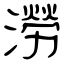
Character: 澇